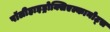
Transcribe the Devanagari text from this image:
पॉलीहाइड्रोक्सिएल्कानोट्स